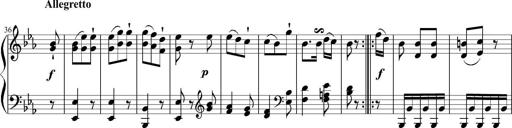
Title: 12 Sonatinas for Piano
Composer: Johann Baptist Vanhal